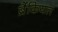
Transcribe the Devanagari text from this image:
ब्रैंकियल